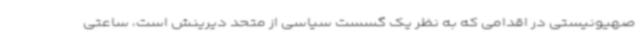
صهیونیستی در اقدامی که به نظر یک گسست سیاسی از متحد دیرینش است، ساعتی